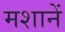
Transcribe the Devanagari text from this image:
मशानें